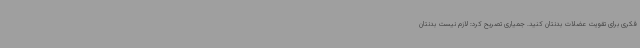
فکری برای تقویت عضلات بدنتان کنید. جمیاری تصریح کرد: لازم نیست بدنتان